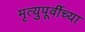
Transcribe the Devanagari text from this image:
मृत्युपूर्वीच्या